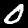
Label: 0